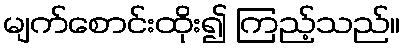
မျက်စောင်းထိုး၍ ကြည့်သည်။